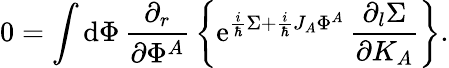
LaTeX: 0=\int\mathrm{d}\Phi\, {\frac{\partial_{r}}{\partial\Phi^{A}}}\left\{ \mathrm{e}^{{\frac{i}{\hbar}}\Sigma+{\frac{i}{\hbar}}J_{A}\Phi^{A}}\, {\frac{\partial_{l}\Sigma}{\partial K_{A}}}\right\} .